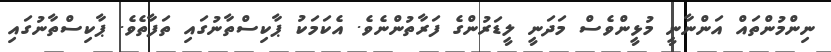
ނިންމުންތައް އަންނާނީ މުޅީންވެސް މަދަނީ ލީޑަރުންގެ ފަރާތުންނެވެ. އެކަމަކު ޕާކިސްތާނުގައި ތަފާތެވެ. ޕާކިސްތާނުގައި